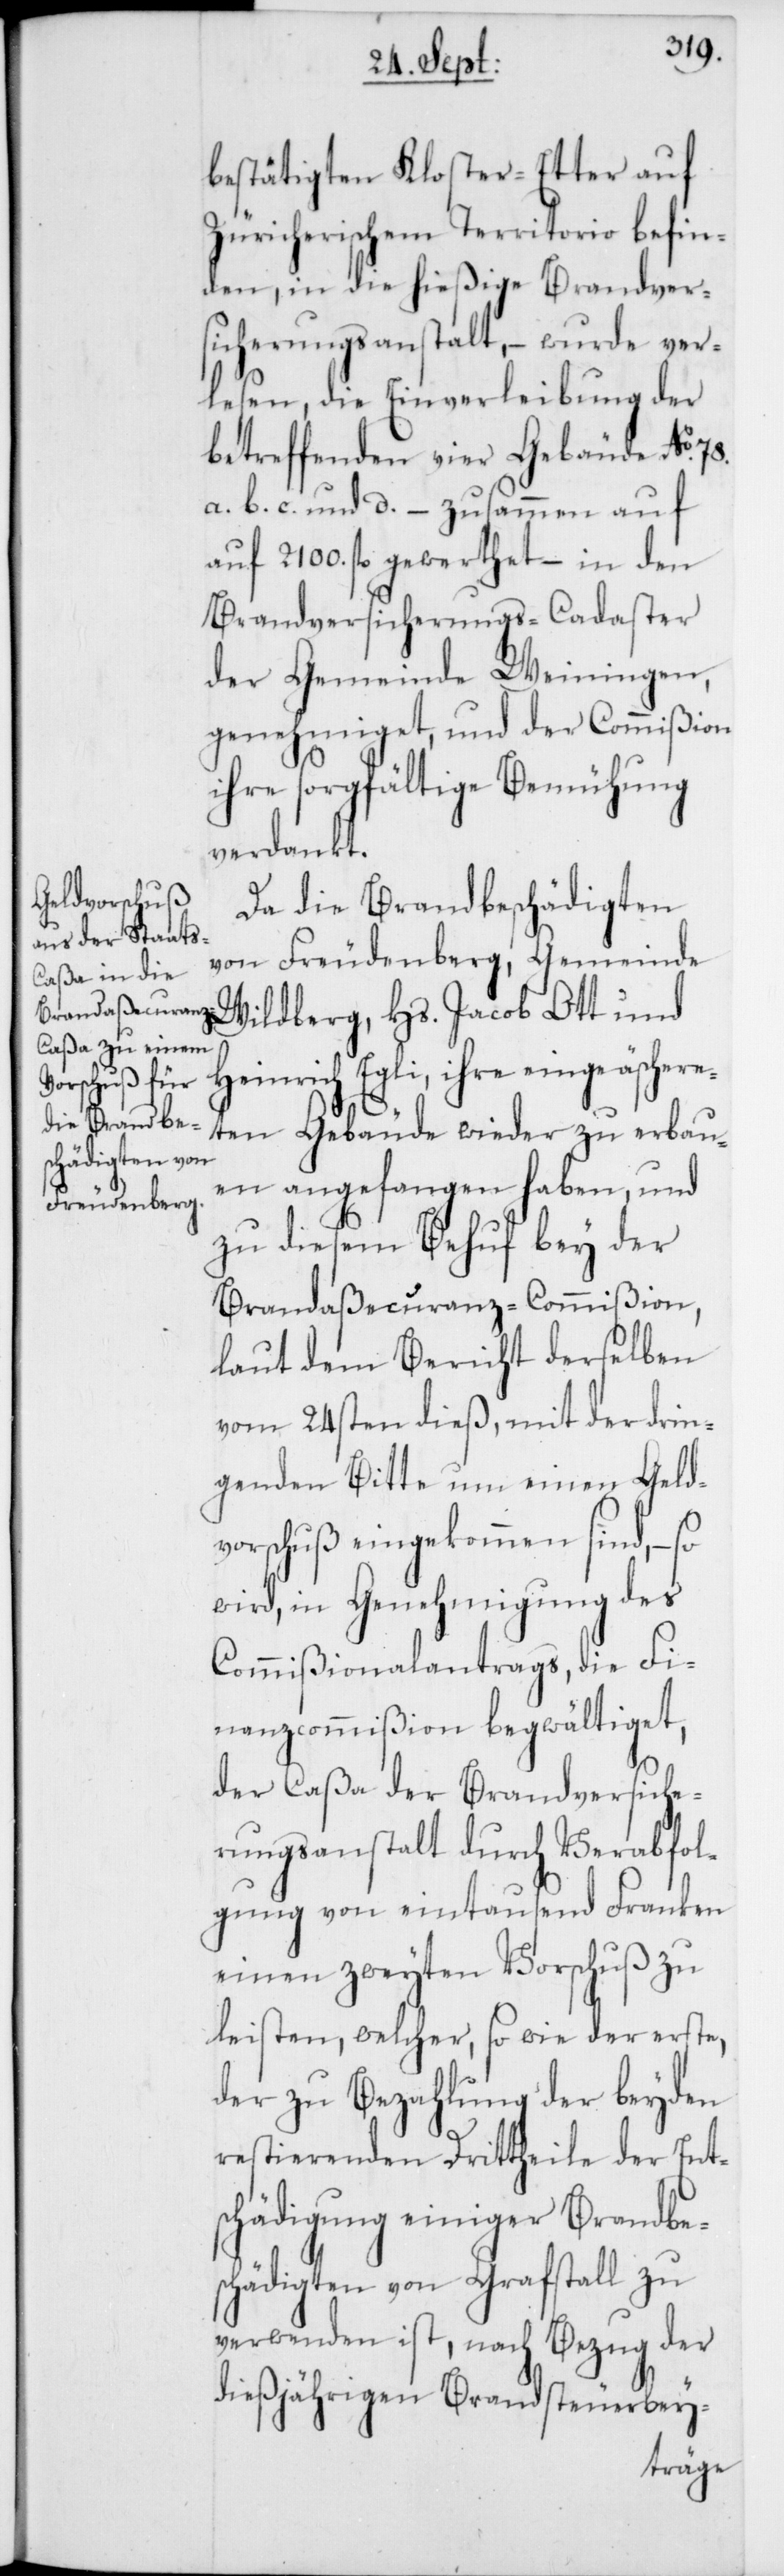
bestätigten Kloster-Etter auf
Züricherischem Territorio befin¬
den, in die hießige Brandver¬
sicherungsanstalt, – wurde ver¬
lesen, die Einverleibung der
betreffenden vier Gebäuden No.
a. b. c. und d. – zusammen auf
fl. gewerthet, – in den
Brandversicherungs-Cadaster
der Gemeinde Weiningen,
genehmiget, und der Commißion
ihre sorgfältige Bemühung
verdankt.
Da die Brandbeschädigten
von Freudenberg, Gemeinde
Wildberg, Hs. Jacob Ott und
Heinrich Egli, ihre eingeäschere¬
ten Gebäude wieder zu erbau¬
en angefangen haben, und
zu diesem Behuf bey der
Brandaßecuranz-Commißion,
laut dem Bericht derselben
vom 24sten dieß, mit der drin¬
genden Bitte um einen Geld¬
vorschuß eingekommen sind, –
wird, in Genehmigung des
Commißionalantrags, die Fi¬
nanzcommißion begwältiget,
der Caßa der Brandversiche¬
rungsanstalt durch Verabfol¬
gung von eintausend Franken
einen zweyten Vorschuß zu
leisten, welcher, so wie der erste,
der zu Bezahlung der beyden
restierenden Drittheile der Ent¬
schädigung einiger Brandbe¬
schädigten von Grafstall zu
verwenden ist, nach Bezug der
dießjährigen Brandsteuerbey-